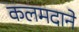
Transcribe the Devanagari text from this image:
कलमदाने